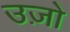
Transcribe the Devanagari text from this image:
उज़ो